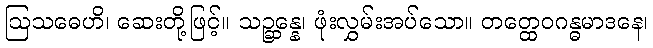
ဩသဓေဟိ၊ ဆေးတို့ဖြင့်။ သဉ္ဆန္နေ၊ ဖုံးလွှမ်းအပ်သော။ တတ္ထေဝဂန္ဓမာဒနေ၊